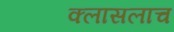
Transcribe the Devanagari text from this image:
क्लासलाच